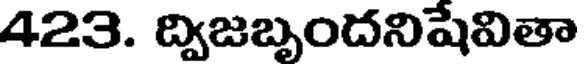
423. ద్విజబృందనిషేవితా